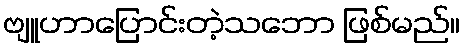
ဗျူဟာပြောင်းတဲ့သဘော ဖြစ်မည်။